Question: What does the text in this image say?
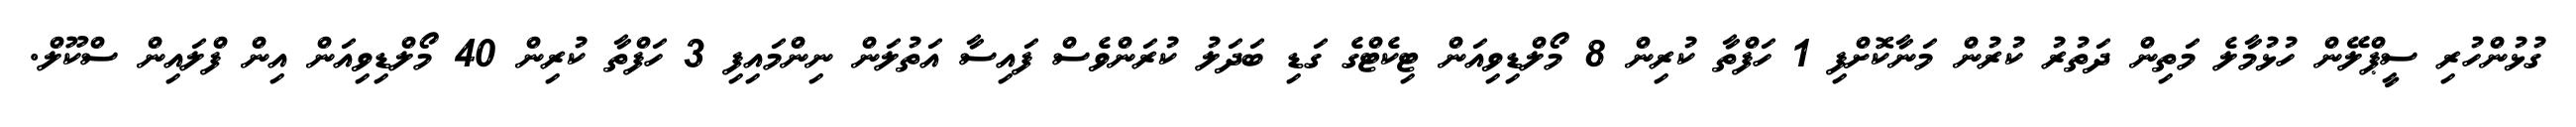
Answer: ގުޅުންހުރި ސީޕްލޭން ހުޅުމާލެ މަތިން ދަތުރު ކުރުން މަނާކޮށްފި 1 ހަފްތާ ކުރިން 8 މޯލްޑިވިއަން ޓިކެޓްގެ ގަޑި ބަދަލު ކުރަންވެސް ފައިސާ އަތުލަން ނިންމައިފި 3 ހަފްތާ ކުރިން 40 މޯލްޑިވިއަން އިން ފްލައިން ސްކޫލް.